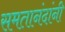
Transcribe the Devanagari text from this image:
समतानंदांनी